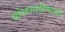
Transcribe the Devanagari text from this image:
खेळसाहित्याशी